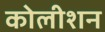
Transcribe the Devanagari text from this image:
कोलीशन